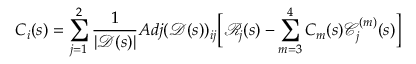
C _ { i } ( s ) = \sum _ { j = 1 } ^ { 2 } \frac { 1 } { | \mathscr { D } ( s ) | } A d j ( \mathscr { D } ( s ) ) _ { i j } \bigg [ \mathscr { R } _ { j } ( s ) - \sum _ { m = 3 } ^ { 4 } C _ { m } ( s ) \mathscr { C } _ { j } ^ { ( m ) } ( s ) \bigg ]